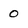
Character: 0